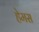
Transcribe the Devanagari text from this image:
हेमस